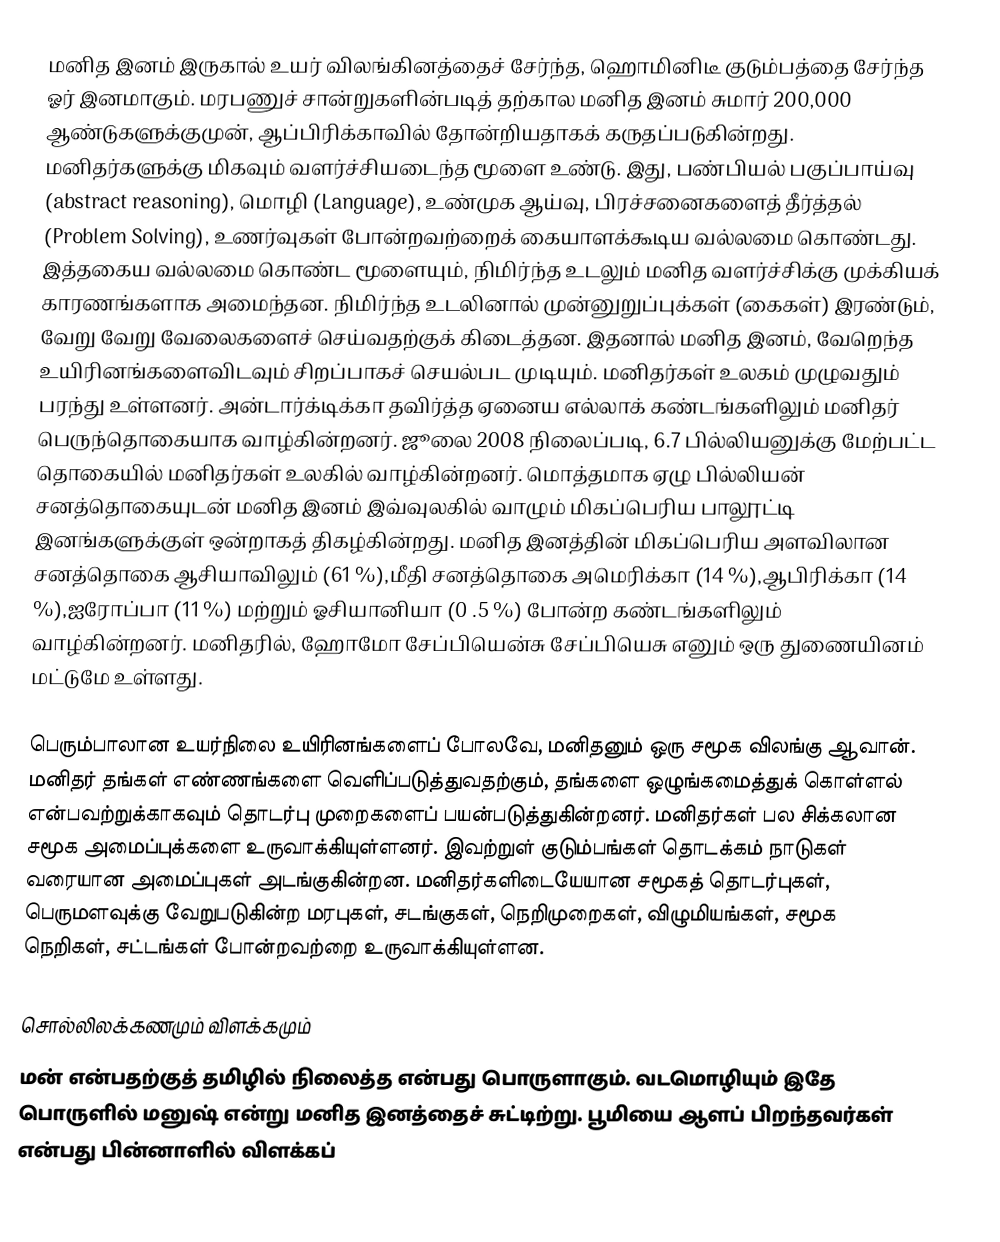
மனித இனம் இருகால் உயர் விலங்கினத்தைச் சேர்ந்த, ஹொமினிடீ குடும்பத்தை சேர்ந்த ஓர் இனமாகும். மரபணுச் சான்றுகளின்படித் தற்கால மனித இனம் சுமார் 200,000 ஆண்டுகளுக்குமுன், ஆப்பிரிக்காவில் தோன்றியதாகக் கருதப்படுகின்றது. மனிதர்களுக்கு மிகவும் வளர்ச்சியடைந்த மூளை உண்டு. இது, பண்பியல் பகுப்பாய்வு (abstract reasoning), மொழி (Language), உண்முக ஆய்வு, பிரச்சனைகளைத் தீர்த்தல் (Problem Solving), உணர்வுகள் போன்றவற்றைக் கையாளக்கூடிய வல்லமை கொண்டது. இத்தகைய வல்லமை கொண்ட மூளையும், நிமிர்ந்த உடலும் மனித வளர்ச்சிக்கு முக்கியக் காரணங்களாக அமைந்தன. நிமிர்ந்த உடலினால் முன்னுறுப்புக்கள் (கைகள்) இரண்டும், வேறு வேறு வேலைகளைச் செய்வதற்குக் கிடைத்தன. இதனால் மனித இனம், வேறெந்த உயிரினங்களைவிடவும் சிறப்பாகச் செயல்பட முடியும். மனிதர்கள் உலகம் முழுவதும் பரந்து உள்ளனர். அன்டார்க்டிக்கா தவிர்த்த ஏனைய எல்லாக் கண்டங்களிலும் மனிதர் பெருந்தொகையாக வாழ்கின்றனர். ஜூலை 2008 நிலைப்படி, 6.7 பில்லியனுக்கு மேற்பட்ட தொகையில் மனிதர்கள் உலகில் வாழ்கின்றனர். மொத்தமாக ஏழு பில்லியன் சனத்தொகையுடன் மனித இனம்  இவ்வுலகில் வாழும் மிகப்பெரிய பாலூட்டி இனங்களுக்குள் ஒன்றாகத் திகழ்கின்றது. மனித இனத்தின் மிகப்பெரிய அளவிலான  சனத்தொகை ஆசியாவிலும் (61 %),மீதி சனத்தொகை அமெரிக்கா (14 %),ஆபிரிக்கா (14 %),ஐரோப்பா (11 %) மற்றும் ஓசியானியா (0 .5 %) போன்ற கண்டங்களிலும் வாழ்கின்றனர். மனிதரில், ஹோமோ சேப்பியென்சு சேப்பியெசு எனும் ஒரு துணையினம் மட்டுமே உள்ளது.

பெரும்பாலான உயர்நிலை உயிரினங்களைப் போலவே, மனிதனும் ஒரு சமூக விலங்கு ஆவான். மனிதர் தங்கள் எண்ணங்களை வெளிப்படுத்துவதற்கும், தங்களை ஒழுங்கமைத்துக் கொள்ளல் என்பவற்றுக்காகவும் தொடர்பு முறைகளைப் பயன்படுத்துகின்றனர். மனிதர்கள் பல சிக்கலான சமூக அமைப்புக்களை உருவாக்கியுள்ளனர். இவற்றுள் குடும்பங்கள் தொடக்கம் நாடுகள் வரையான அமைப்புகள் அடங்குகின்றன. மனிதர்களிடையேயான சமூகத் தொடர்புகள், பெருமளவுக்கு வேறுபடுகின்ற மரபுகள், சடங்குகள், நெறிமுறைகள், விழுமியங்கள், சமூக நெறிகள், சட்டங்கள் போன்றவற்றை உருவாக்கியுள்ளன.

சொல்லிலக்கணமும் விளக்கமும்
மன் என்பதற்குத் தமிழில் நிலைத்த என்பது பொருளாகும். வடமொழியும் இதே பொருளில் மனுஷ் என்று மனித இனத்தைச் சுட்டிற்று. பூமியை ஆளப் பிறந்தவர்கள் என்பது பின்னாளில் விளக்கப்